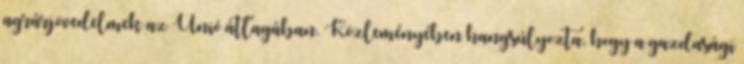
agrárjövedelmek az Unió átlagában. Közleményében hangsúlyozta, hogy a gazdasági